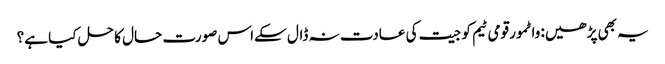
یہ بھی پڑھیں: واٹمور قومی ٹیم کو جیت کی عادت نہ ڈال سکےاس صورت حال کا حل کیا ہے؟